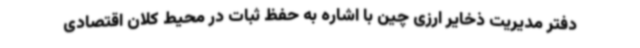
دفتر مدیریت ذخایر ارزی چین با اشاره به حفظ ثبات در محیط کلان اقتصادی